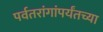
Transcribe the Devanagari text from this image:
पर्वतरांगांपर्यंतच्या